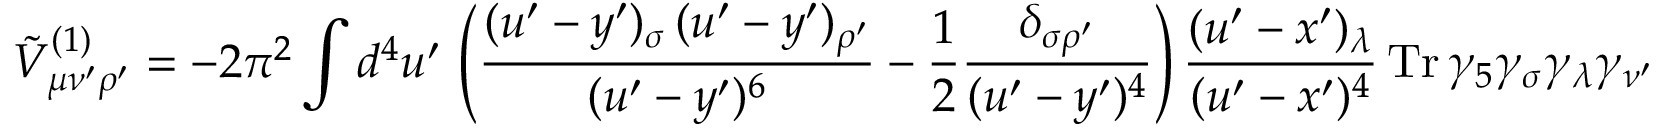
\tilde { V } _ { \mu \nu ^ { \prime } \rho ^ { \prime } } ^ { ( 1 ) } = - 2 \pi ^ { 2 } \int d ^ { 4 } u ^ { \prime } \, \left( \frac { ( u ^ { \prime } - y ^ { \prime } ) _ { \sigma } \, ( u ^ { \prime } - y ^ { \prime } ) _ { \rho ^ { \prime } } } { ( u ^ { \prime } - y ^ { \prime } ) ^ { 6 } } - \frac { 1 } { 2 } \frac { \delta _ { \sigma \rho ^ { \prime } } } { ( u ^ { \prime } - y ^ { \prime } ) ^ { 4 } } \right) \frac { ( u ^ { \prime } - x ^ { \prime } ) _ { \lambda } } { ( u ^ { \prime } - x ^ { \prime } ) ^ { 4 } } \, \mathrm { T r } \, \gamma _ { 5 } \gamma _ { \sigma } \gamma _ { \lambda } \gamma _ { \nu ^ { \prime } } \gamma _ { \mu } \, .